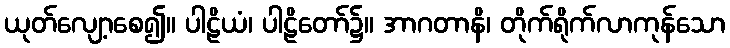
ယုတ်လျော့စေ၍။ ပါဠိယံ၊ ပါဠိတော်၌။ အာဂတာနိ၊ တိုက်ရိုက်လာကုန်သော